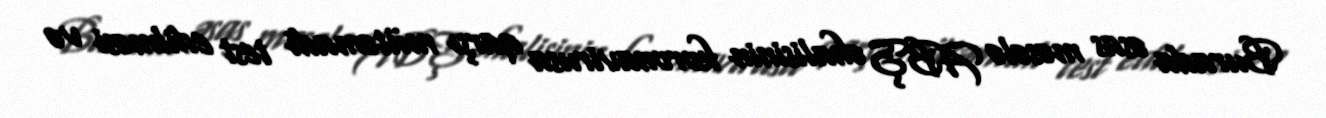
Burada əsas məsələ ABŞ əhalisinin koronavirusa qarşı mütəmadi test edilməsi və